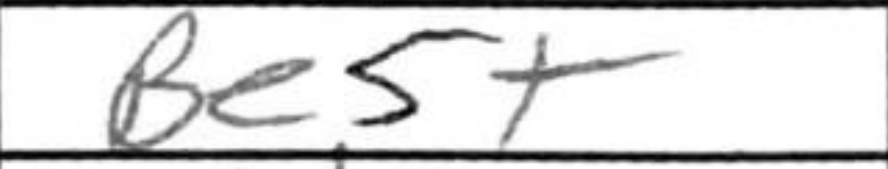
Transcription: Be5+